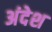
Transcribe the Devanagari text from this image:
अंदेश